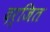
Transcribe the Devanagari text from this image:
दर्जित